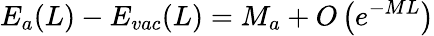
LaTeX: E_{a}(L)-E_{vac}(L)=M_{a}+O\left(e^{-ML}\right)